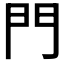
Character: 門